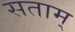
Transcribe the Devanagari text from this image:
सताम्